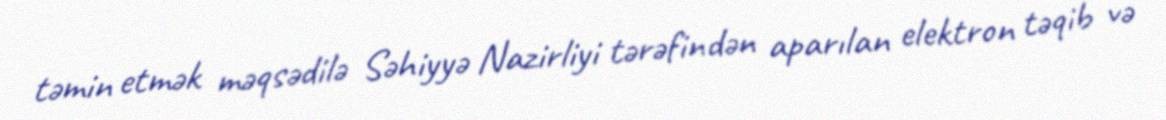
təmin etmək məqsədilə Səhiyyə Nazirliyi tərəfindən aparılan elektron təqib və